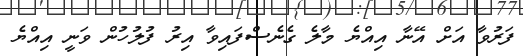
ފަރުވާ އަށް އޭނާ އިއްޔެ މާލެ ގެނެސްފައިވާ އިރު ފުލުހުން ވަނީ އިއްޔެ